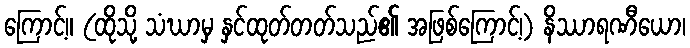
ကြောင့်။ (ထိုသို့ သံဃာမှ နှင်ထုတ်တတ်သည်၏ အဖြစ်ကြောင့်၊) နိဿာရဏီယော၊